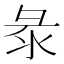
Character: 𢑗